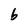
Character: b